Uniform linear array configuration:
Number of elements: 8
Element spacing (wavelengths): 0.25
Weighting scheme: cosine
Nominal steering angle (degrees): -45
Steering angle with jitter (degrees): -43.682
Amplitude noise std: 0.05
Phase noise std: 0.05

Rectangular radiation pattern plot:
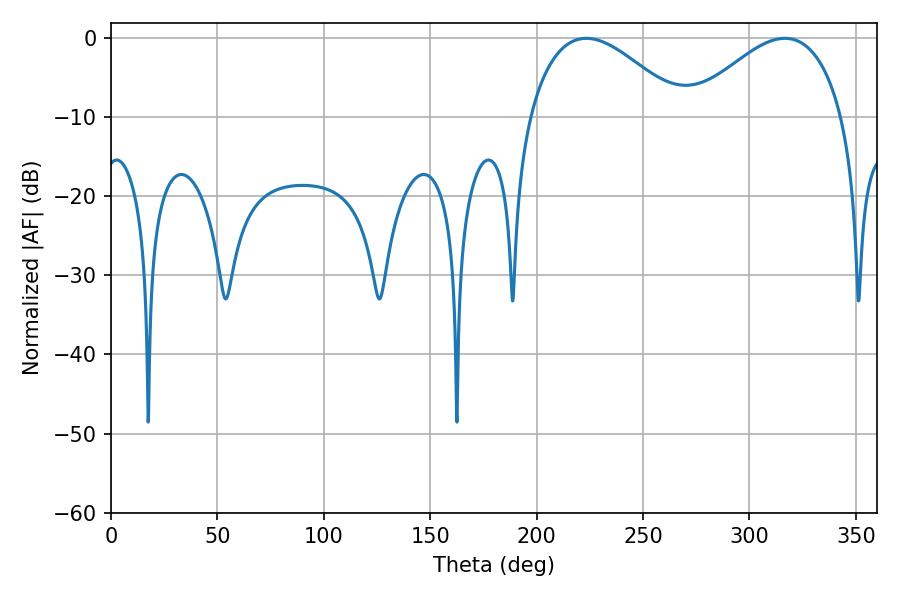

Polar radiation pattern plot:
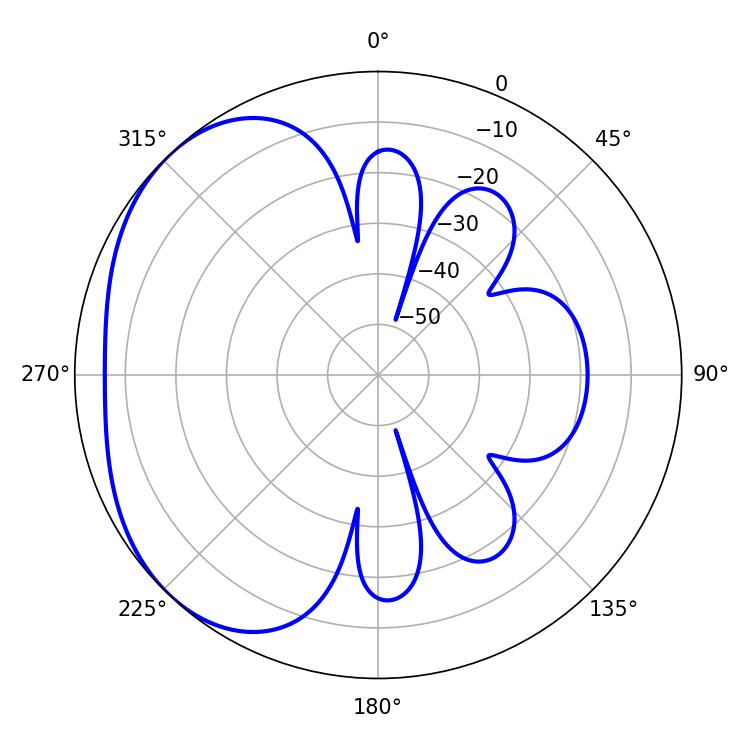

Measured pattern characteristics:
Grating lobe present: FALSE
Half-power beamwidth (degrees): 39.24
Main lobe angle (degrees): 316.62